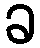
ခ